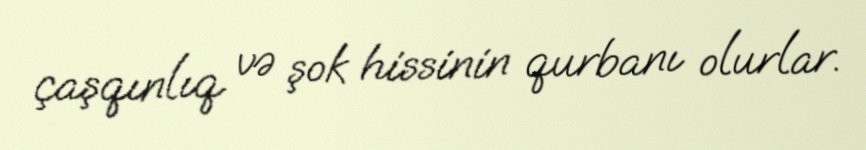
çaşqınlıq və şok hissinin qurbanı olurlar.